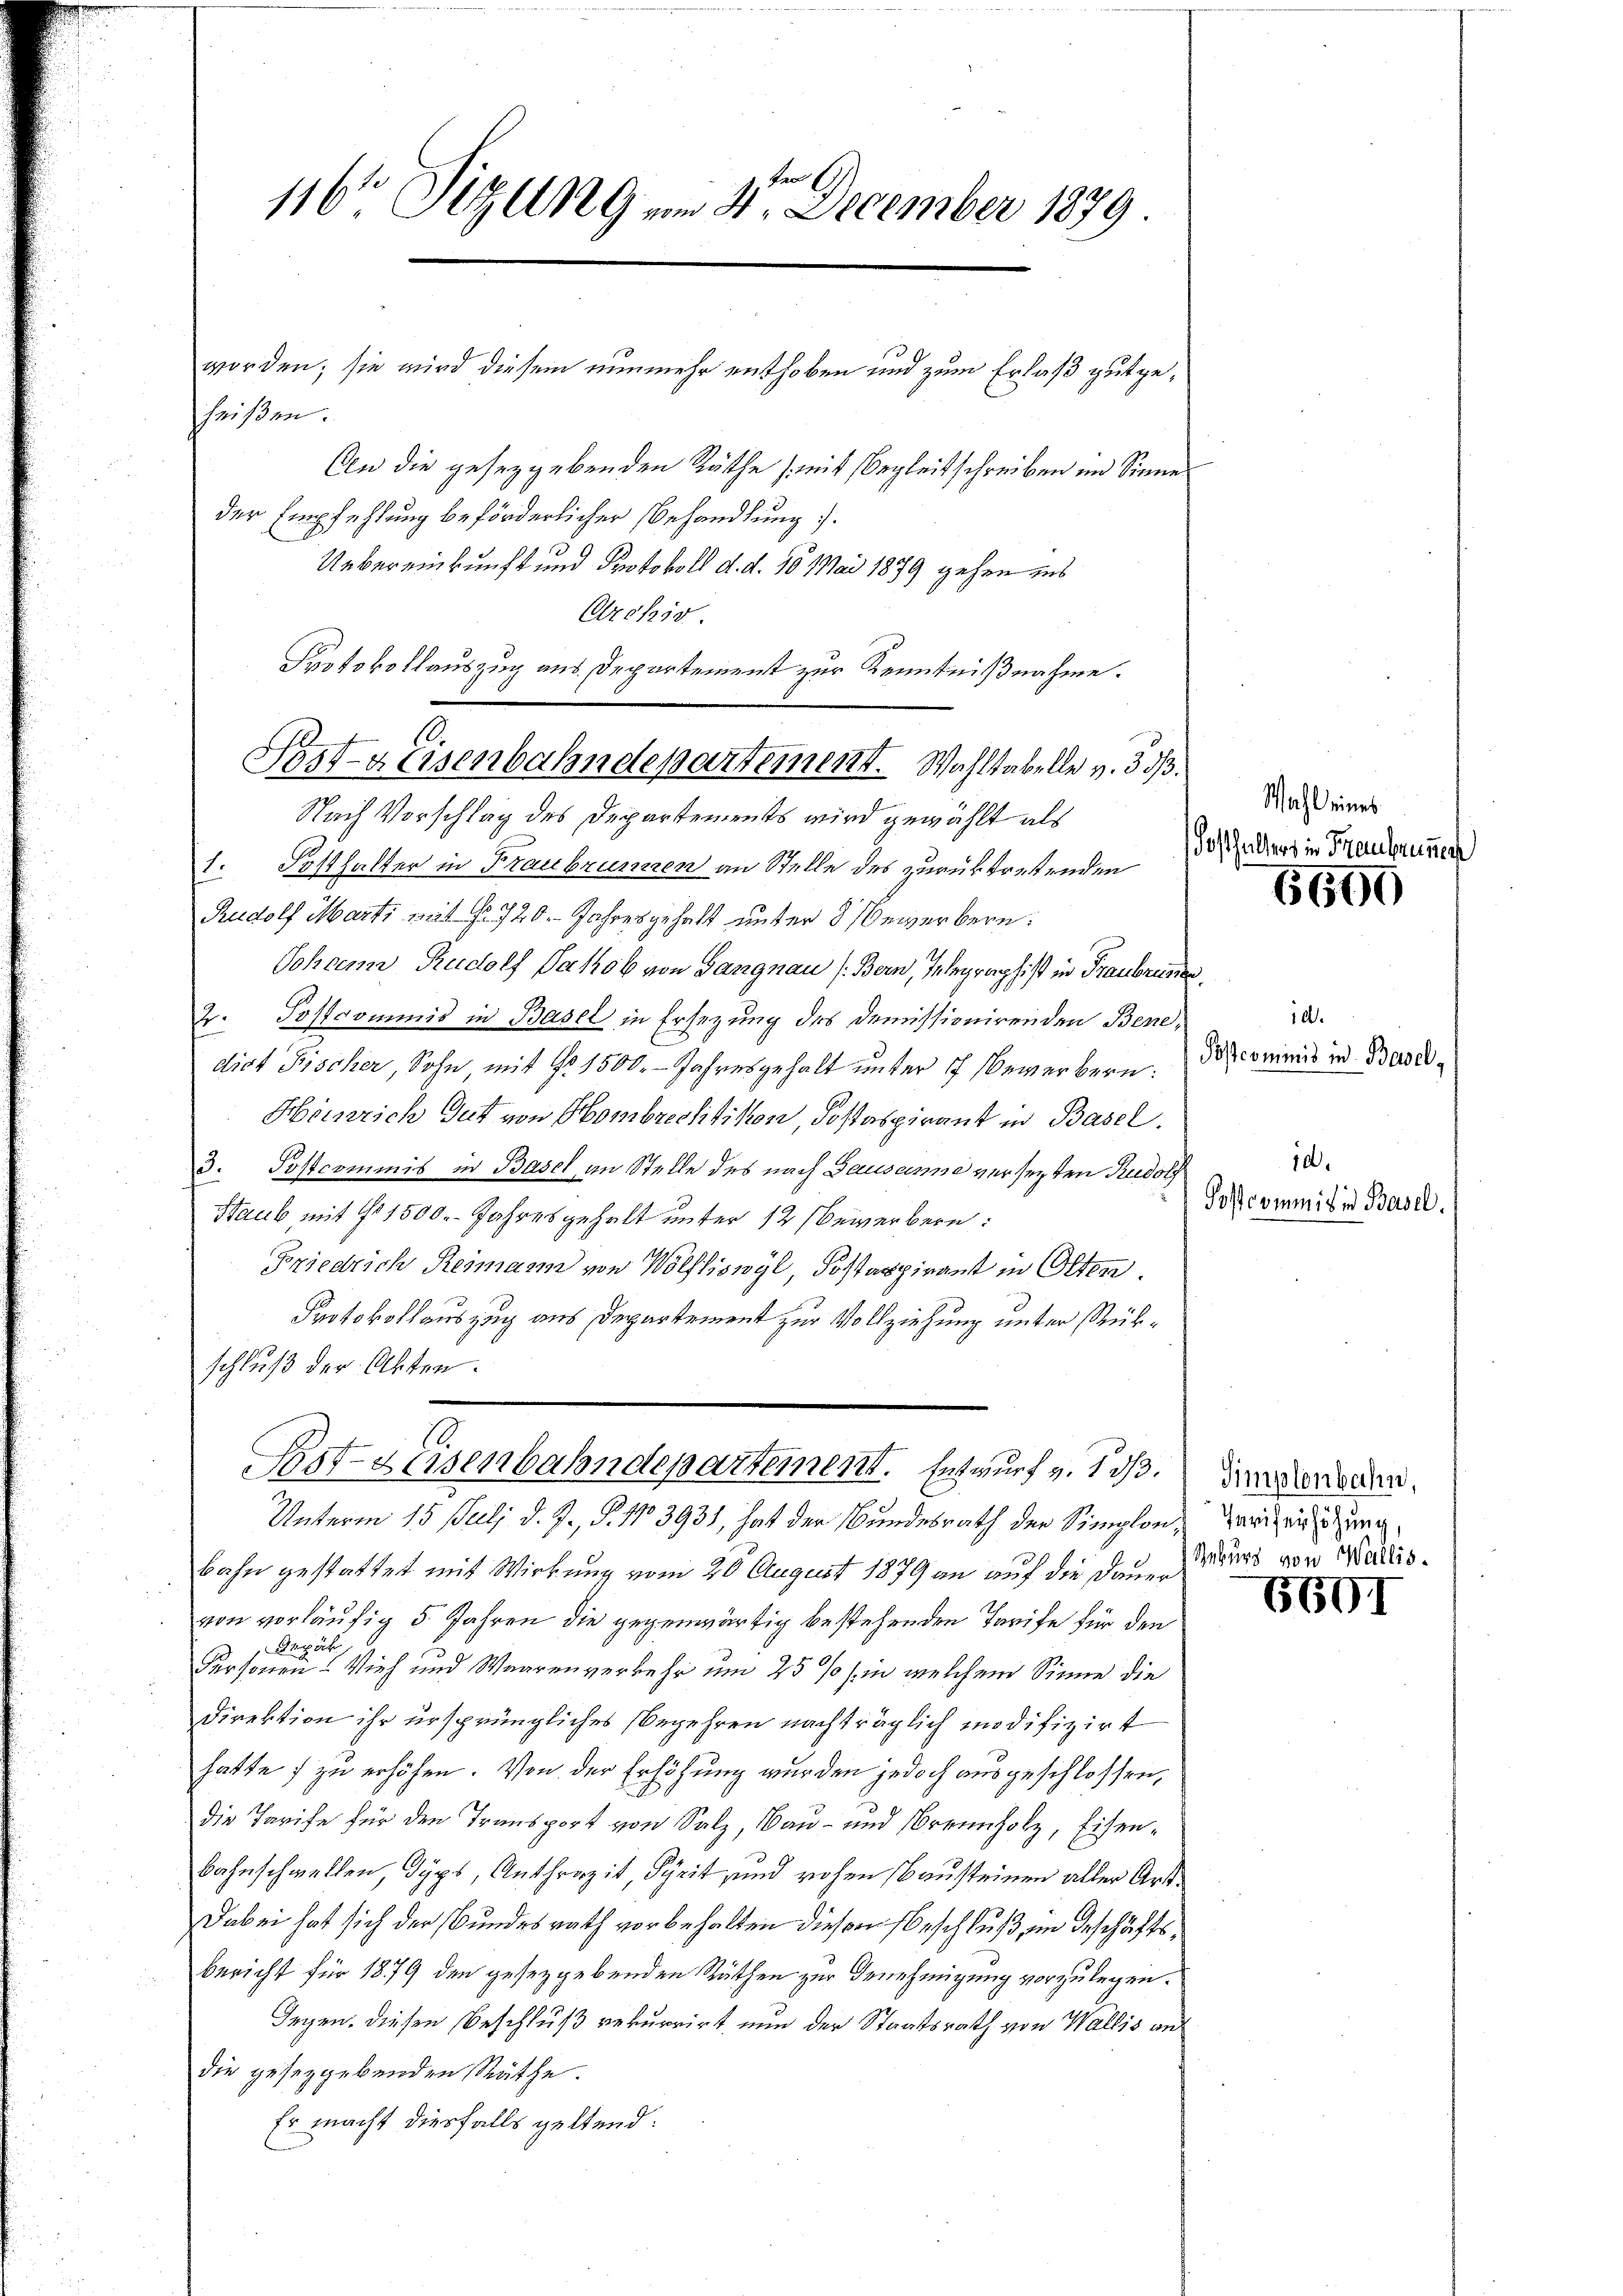
116 Sizung am 4ten December 1879

worden; sie wird diesem nunmehr enthoben und zum Erlaß gut geheißen.
An die gesezgebenden Räthe (mit Begleitschreiben im Sinne
der Empfehlung beförderlicher Behandlung.
Uebereinkunft und Protokoll d. d. 10 Mai 1879 gehen ins
Archiv
Protokollauszug aus Departement zur Kenntnißnahme.
Nach Vorschlag des Departements wird gewählt als
1. Potthalter in Fraubrunnen an Stelle des zurücktrettenden
Rudolf Marti mit No 720. Jahresgehalt unter 3 Bewerbern:
Johann Rudolf Jakob von Gangnau (Bern, Telegraphist in Traubrunnen,
Postkommnis in Basel in Ersezung des Demissionirenden Bene¬
12.
dict Fischer Sohn mit No 1500. - Jahresgehalt unter 17 bewerbern:
Heinrich Gut von Hombrechtikon Postaspirant in Basel.
3. Postcommis in Basel an Stelle des nach Bausanne versezten Rudolf
Staub mit No 1500. Jahresgehalt unter 12 bewerbern:
Friedrich Reimann von Wölfliswyl, Postaspirant in Olten
Protokollauszug aus Departement zur Vollziehung unter Rükschluß der Akten.
Pat-Heisenbahndepartement. Entwurf v. 1 d.
Unterm 15. Juli d. J., §. 113931, hat der Bundesrath der Simplonbahn gestattet mit Wirkung vom 20. August 1879 an auf die Dauer
von vorläufig 5 Jahren die gegenwärtig bestehenden Tarife für den
Angeh
Personen! Vieh und Waarenverkehr um 25 % in welchem Sinne die
Direktion ihr ursprüngliches Begehren nachträglich modifizirt
hatte zu erhöhen. Von der Erhöhung wurden jedoch ausgeschlossen,
die Tarife für den Transport von Salz, Bau- und Brennholz, Eisen¬
Bahnschwellen, Typs, Anthropit, Scheit und rohen Bausteinen aller Art.
Dabei hat sich der Bundesrath vorbehalten diesem Beschluß, im Geschäftsbericht für 1879 den gesezgebenden Räthen zur Genehmigung vorzulegen.
Irgen. Diesen Beschluß rekurrirt nun der Staatsrath von Wallis an
die gesetzgebenden Räthe.
Er macht diesfalls geltend:

Pesta Eisenbahndepartement. Wahltabelle v. 353.

Wahl eines
Fosthalters in Treubrunner

6600

.
Postcommis in Basel,

id.
Postcommis in Basel.

Simplenbahn,
Tarifenhöhung,
Rekurs von Wallis.

6601